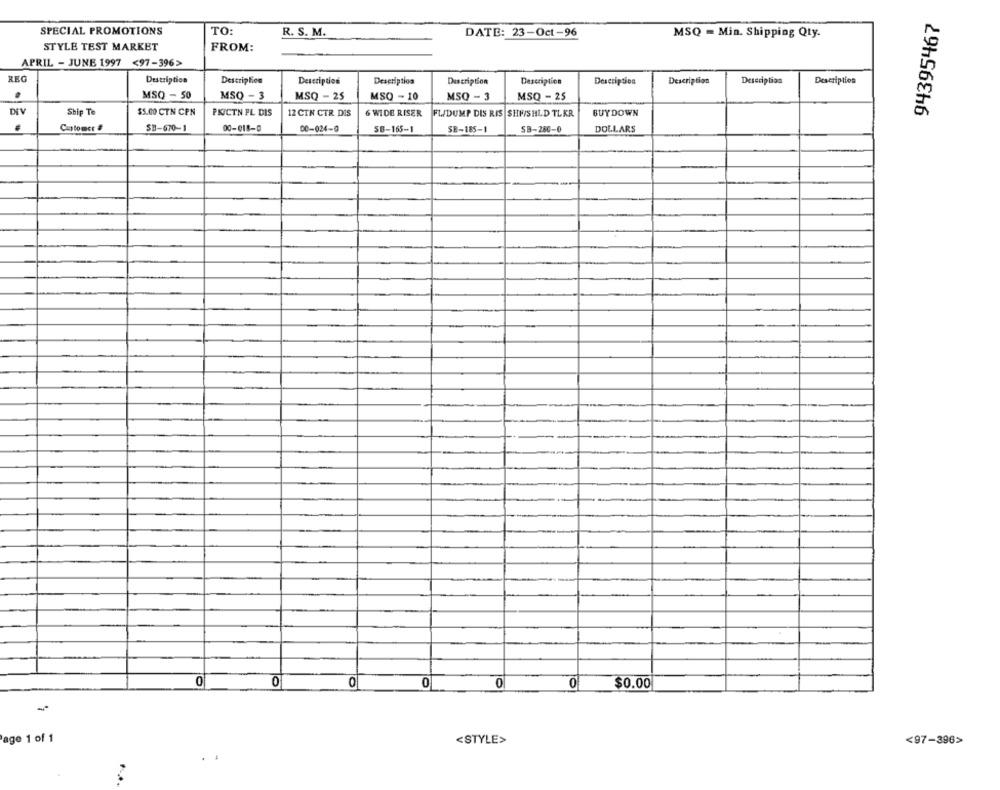
94395467
SPECIAL PROMOTIONS
TO:
R. S. M.
DATE: 23-Oct-96
MSQ = Min. Shipping Qty.
STYLE TEST MARKET
FROM:
APRIL - JUNE 1997 <97-396>>
REG
Description
Description
Description
Description
Description
Description
Description
Description
Description
Description
.
MSQ - 50
MSQ - 3
MSQ - 25
MSO - 10
MSQ - 3
MSQ - 25
Ship Te
$5.00 CTN CPN
PKICTN FL DIS
12 CIN CTR DIS
6 WIDE RISER
BUYDOWN
FLIDUMP DIS RIS SHF/SHLD TLKR
Customct #
SB-670-1
00-018-0
00-024-0
SB-165-1
SE-185-1
SB-280-0
DOLLARS
0
0
0
0
0
0
$0.00
Page 1 of 1
<STYLE>
<97-396>